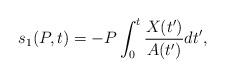
LaTeX: \begin{align*}s_{1}(P,t)=-P \int_{0}^{t} \frac{X(t^{\prime})}{A(t^{\prime})} d t^{\prime},\end{align*}